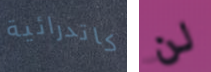
كاتدرائية لن